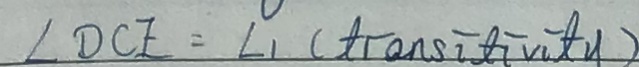
\angle D C E = \angle 1 ( t t r a n s i t i v i y )